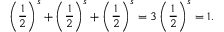
\left( { \frac { 1 } { 2 } } \right) ^ { s } + \left( { \frac { 1 } { 2 } } \right) ^ { s } + \left( { \frac { 1 } { 2 } } \right) ^ { s } = 3 \left( { \frac { 1 } { 2 } } \right) ^ { s } = 1 .